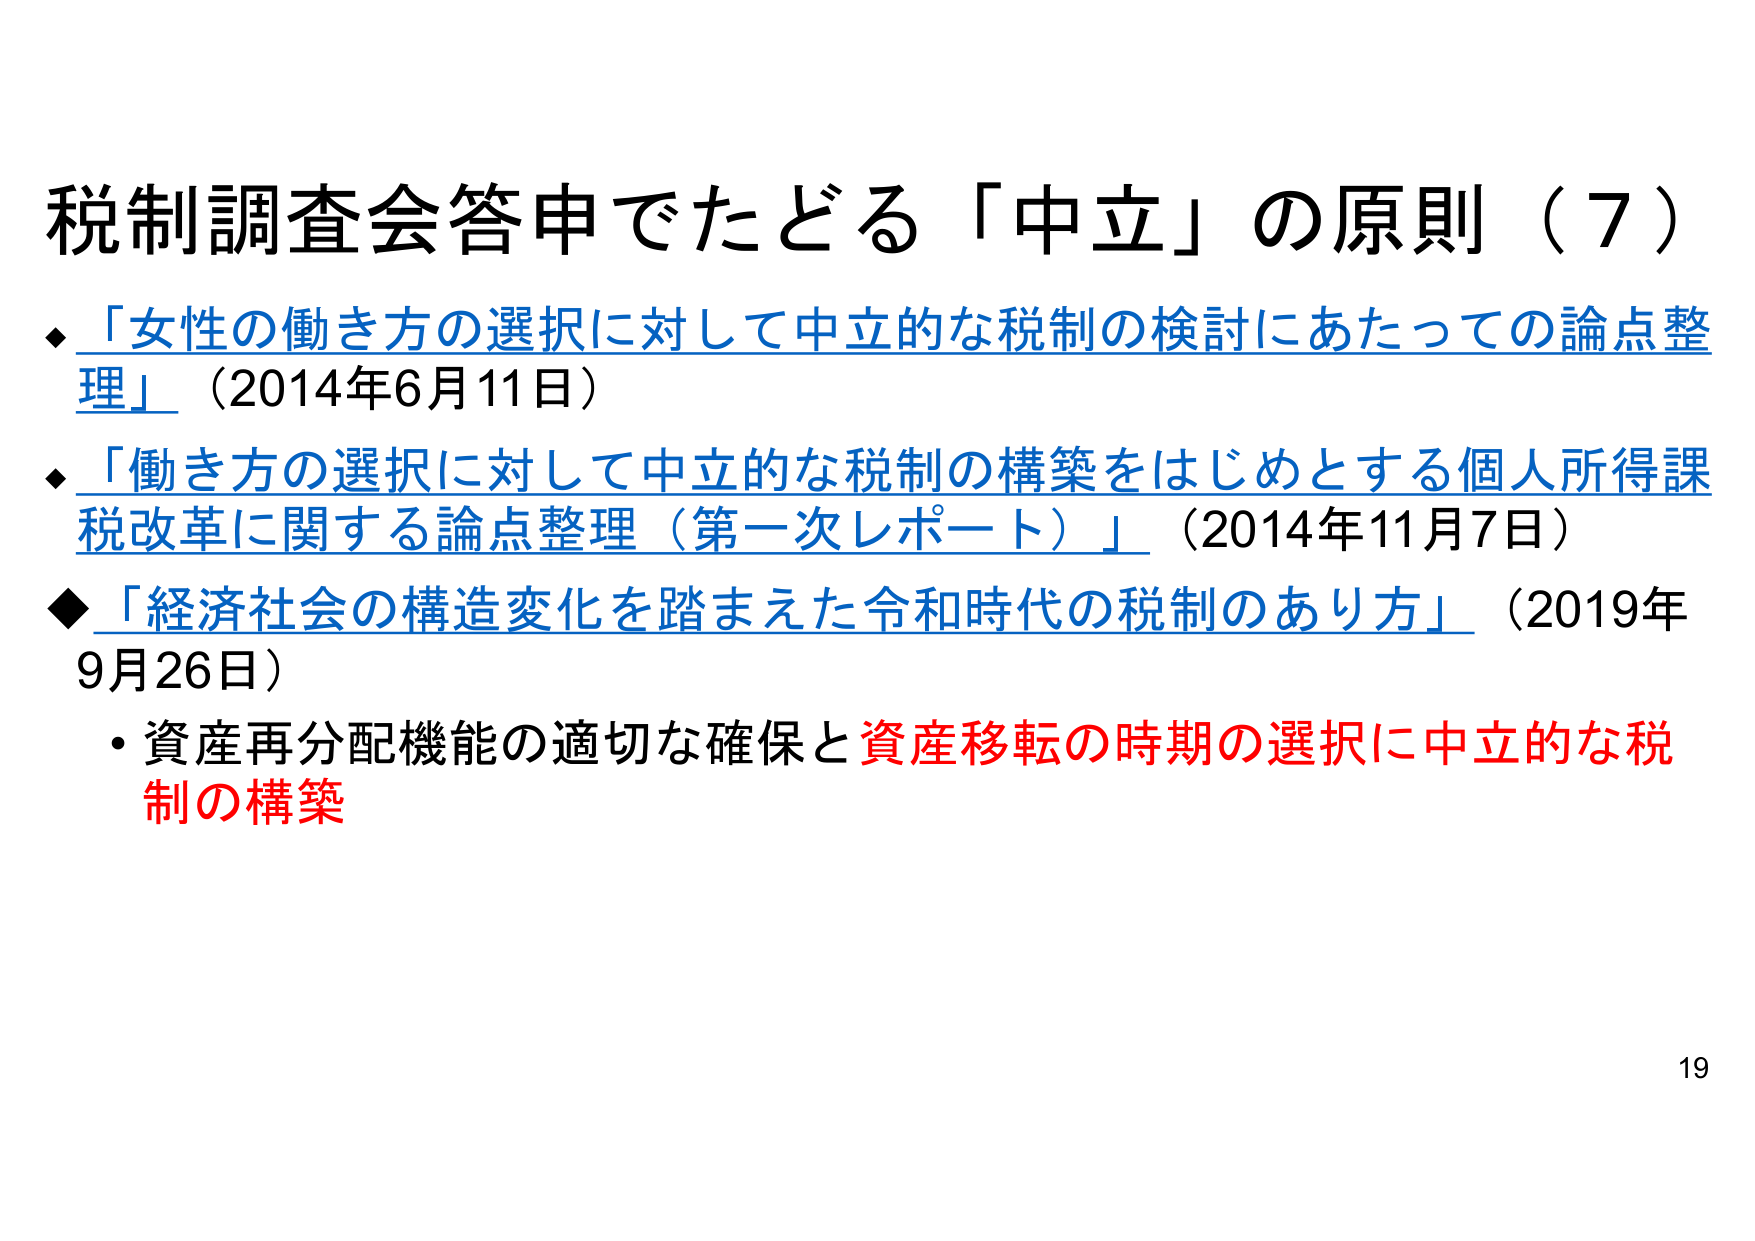
税制調査会答申でたどる「中立」の原則（7）

◆「女性の働き方の選択に対して中立的な税制の検討にあたっての論点整理」（2014年6月11日）

◆「働き方の選択に対して中立的な税制の構築をはじめとする個人所得課税改革に関する論点整理（第一次レポート）」（2014年11月7日）

◆「経済社会の構造変化を踏まえた令和時代の税制のあり方」（2019年9月26日）

・資産再分配機能の適切な確保と資産移転の時期の選択に中立的な税制の構築

19